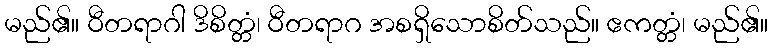
မည်၏။ ဝီတရာဂါ ဒိစိတ္တံ၊ ဝီတရာဂ အစရှိသောစိတ်သည်။ ဧကတ္တံ၊ မည်၏။